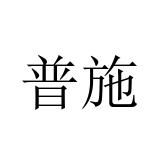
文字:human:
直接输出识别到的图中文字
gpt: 普施